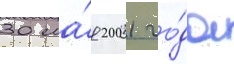
30 ма́я 2001 го́да